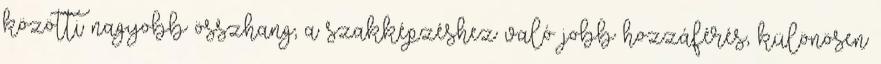
közötti nagyobb összhang; a szakképzéshez való jobb hozzáférés, különösen